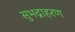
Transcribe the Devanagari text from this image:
सुभद्राहरण